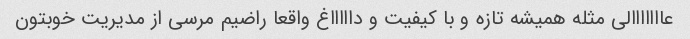
عااااااالی مثله همیشه تازه و با کیفیت و داااااغ واقعا راضیم مرسی از مدیریت خوبتون